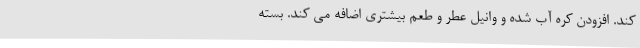
کند. افزودن کره آب شده و وانیل عطر و طعم بیشتری اضافه می کند. بسته